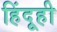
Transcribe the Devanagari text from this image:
हिंदूही